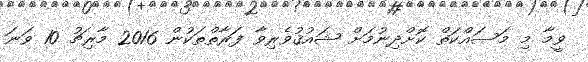
ވީމާ މި މަސައްކަތް ކޮށްދިނުމަށް ޝައުޤުވެރިވާ ފަރާތްތަކުން 2016 މާރިޗު 10 ވަނަ